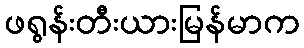
ဖရွန်းတီးယားမြန်မာက